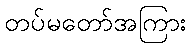
တပ်မတော်အကြား